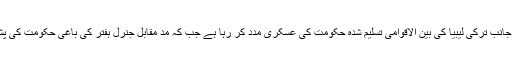
قیادت کی تازہ شطرنج لیبیا کی بساط پر کھیلی جا رہی ہے جہاں ایک جانب ترکی لیبیا کی بین الاقوامی تسلیم شدہ حکومت کی عسکری مدد کر رہا ہے جب کہ مد مقابل جنرل ہفتر کی باغی حکومت کی پشت پناہی، مصر، سعودی عرب اور متحدہ عرب امارات کر رہے ہیں۔